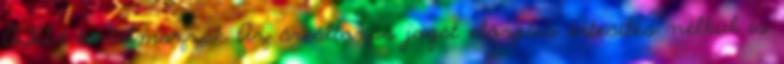
ÁFA-t tartalmazzák Az árváltozás jogát előzetes értesítés nélkül is